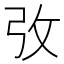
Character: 𢎿